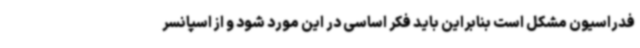
فدراسیون مشکل است بنابراین باید فکر اساسی در این مورد شود و از اسپانسر